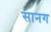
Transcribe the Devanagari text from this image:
सानग